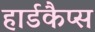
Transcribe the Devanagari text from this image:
हार्डकैप्स